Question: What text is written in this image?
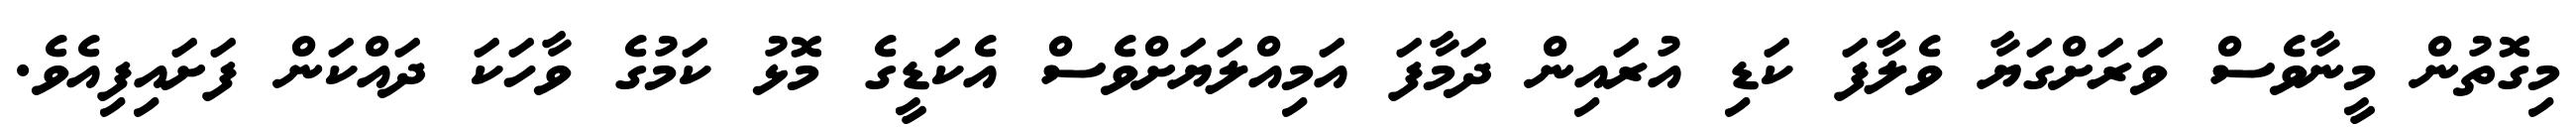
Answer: މިގޮތުން މީނާވެސް ވަރަށްގަޔާ ވެލާފަ ކަޑި އުރައިން ދަމާފަ އަމިއްލަޔަށްވެސް އެކަޑީގެ މޮޅު ކަމުގެ ވާހަކަ ދައްކަން ފަށައިފިއެވެ.